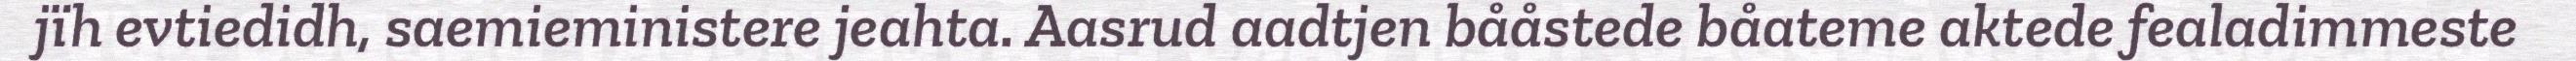
jïh evtiedidh, saemieministere jeahta. Aasrud aadtjen bååstede båateme aktede fealadimmeste